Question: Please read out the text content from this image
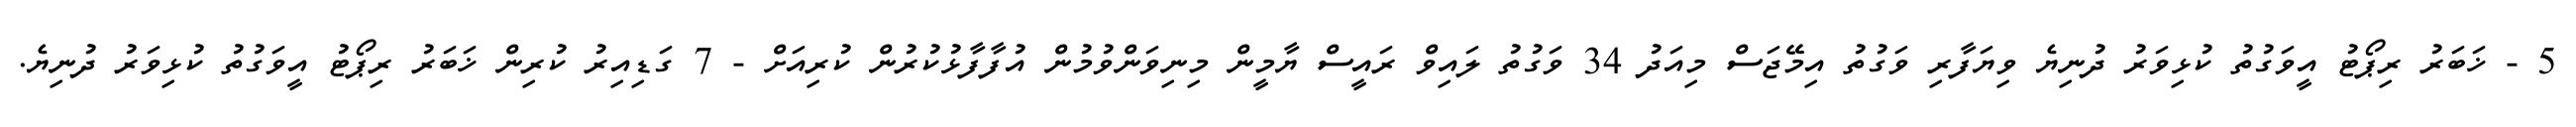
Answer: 5 - ޚަބަރު ރިޕޯޓު އީވަގުތު ކުޅިވަރު ދުނިޔެ ވިޔަފާރި ވަގުތު އިމޭޖަސް މިއަދު 34 ވަގުތު ލައިވް ރައީސް ޔާމީން މިނިވަންވުމުން އުފާފާޅުކުރުން ކުރިއަށް - 7 ގަޑިއިރު ކުރިން ޚަބަރު ރިޕޯޓު އީވަގުތު ކުޅިވަރު ދުނިޔެ.